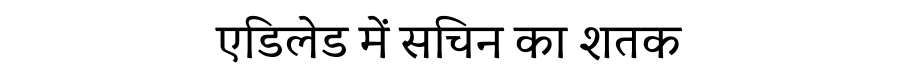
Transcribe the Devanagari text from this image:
एडिलेड में सचिन का शतक